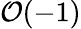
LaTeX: {\mathcal{O}}(-1)